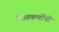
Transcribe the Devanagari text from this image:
सातकर्णीची